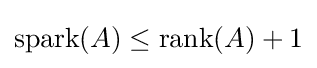
\mathrm {spark} (A)\leq \mathrm {rank} (A)+1